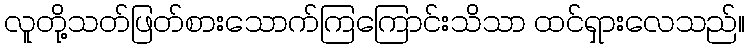
လူတို့သတ်ဖြတ်စားသောက်ကြကြောင်းသိသာ ထင်ရှားလေသည်။